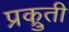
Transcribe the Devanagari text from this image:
प्रक्रुती